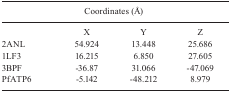
<table><thead><tr><td colspan="4"><b>Coordinates (Å)</b></td></tr></thead><tbody><tr><td> </td><td>X</td><td>Y</td><td>Z</td></tr><tr><td>2ANL</td><td>54.924</td><td>13.448</td><td>25.686</td></tr><tr><td>1LF3</td><td>16.215</td><td>6.850</td><td>27.605</td></tr><tr><td>3BPF</td><td>-36.87</td><td>31.066</td><td>-47.069</td></tr><tr><td>PfATP6</td><td>-5.142</td><td>-48.212</td><td>8.979</td></tr></tbody></table>